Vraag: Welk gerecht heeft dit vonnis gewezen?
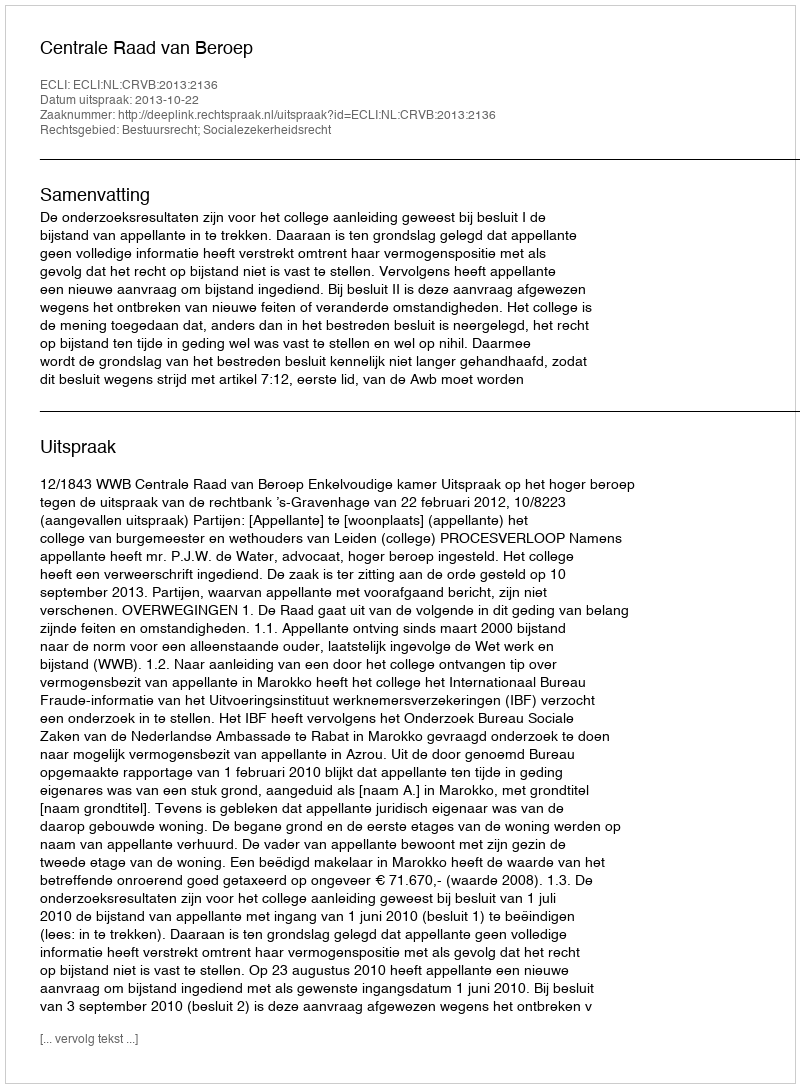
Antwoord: Centrale Raad van Beroep